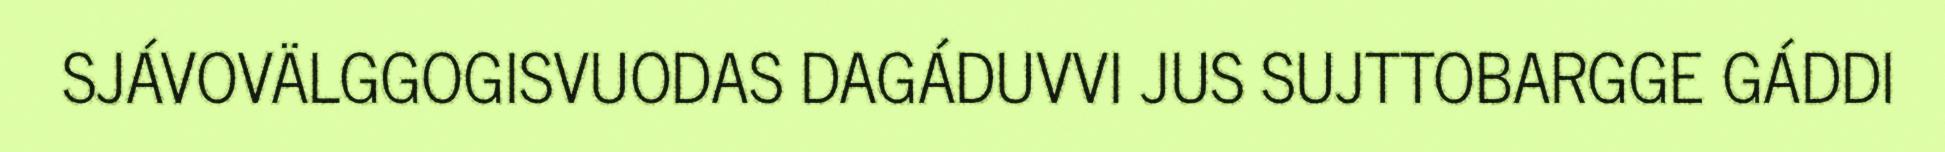
SJÁVOVÄLGGOGISVUODAS DAGÁDUVVI JUS SUJTTOBARGGE GÁDDI